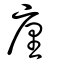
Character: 壥